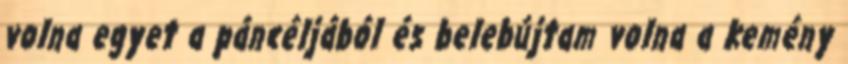
volna egyet a páncéljából és belebújtam volna a kemény